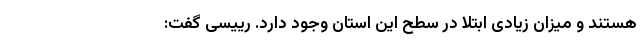
هستند و میزان زیادی ابتلا در سطح این استان وجود دارد. رییسی گفت: